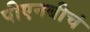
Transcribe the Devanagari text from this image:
पीएनबीचं